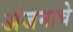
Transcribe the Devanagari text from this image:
अंजनाचे